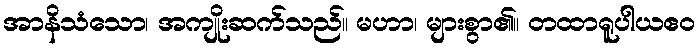
အာနိသံသော၊ အကျိုးဆက်သည်။ မဟာ၊ များစွာ၏။ တထာရူပါယဧဝ